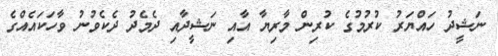
ނަޝީދު ހައްޔަރު ކުރުމުގެ ކުރިން މާރިޔާ އާއި ނަޝީދާއި ދެމެދު ދެކެވުނު ވާހަކައެއްގެ